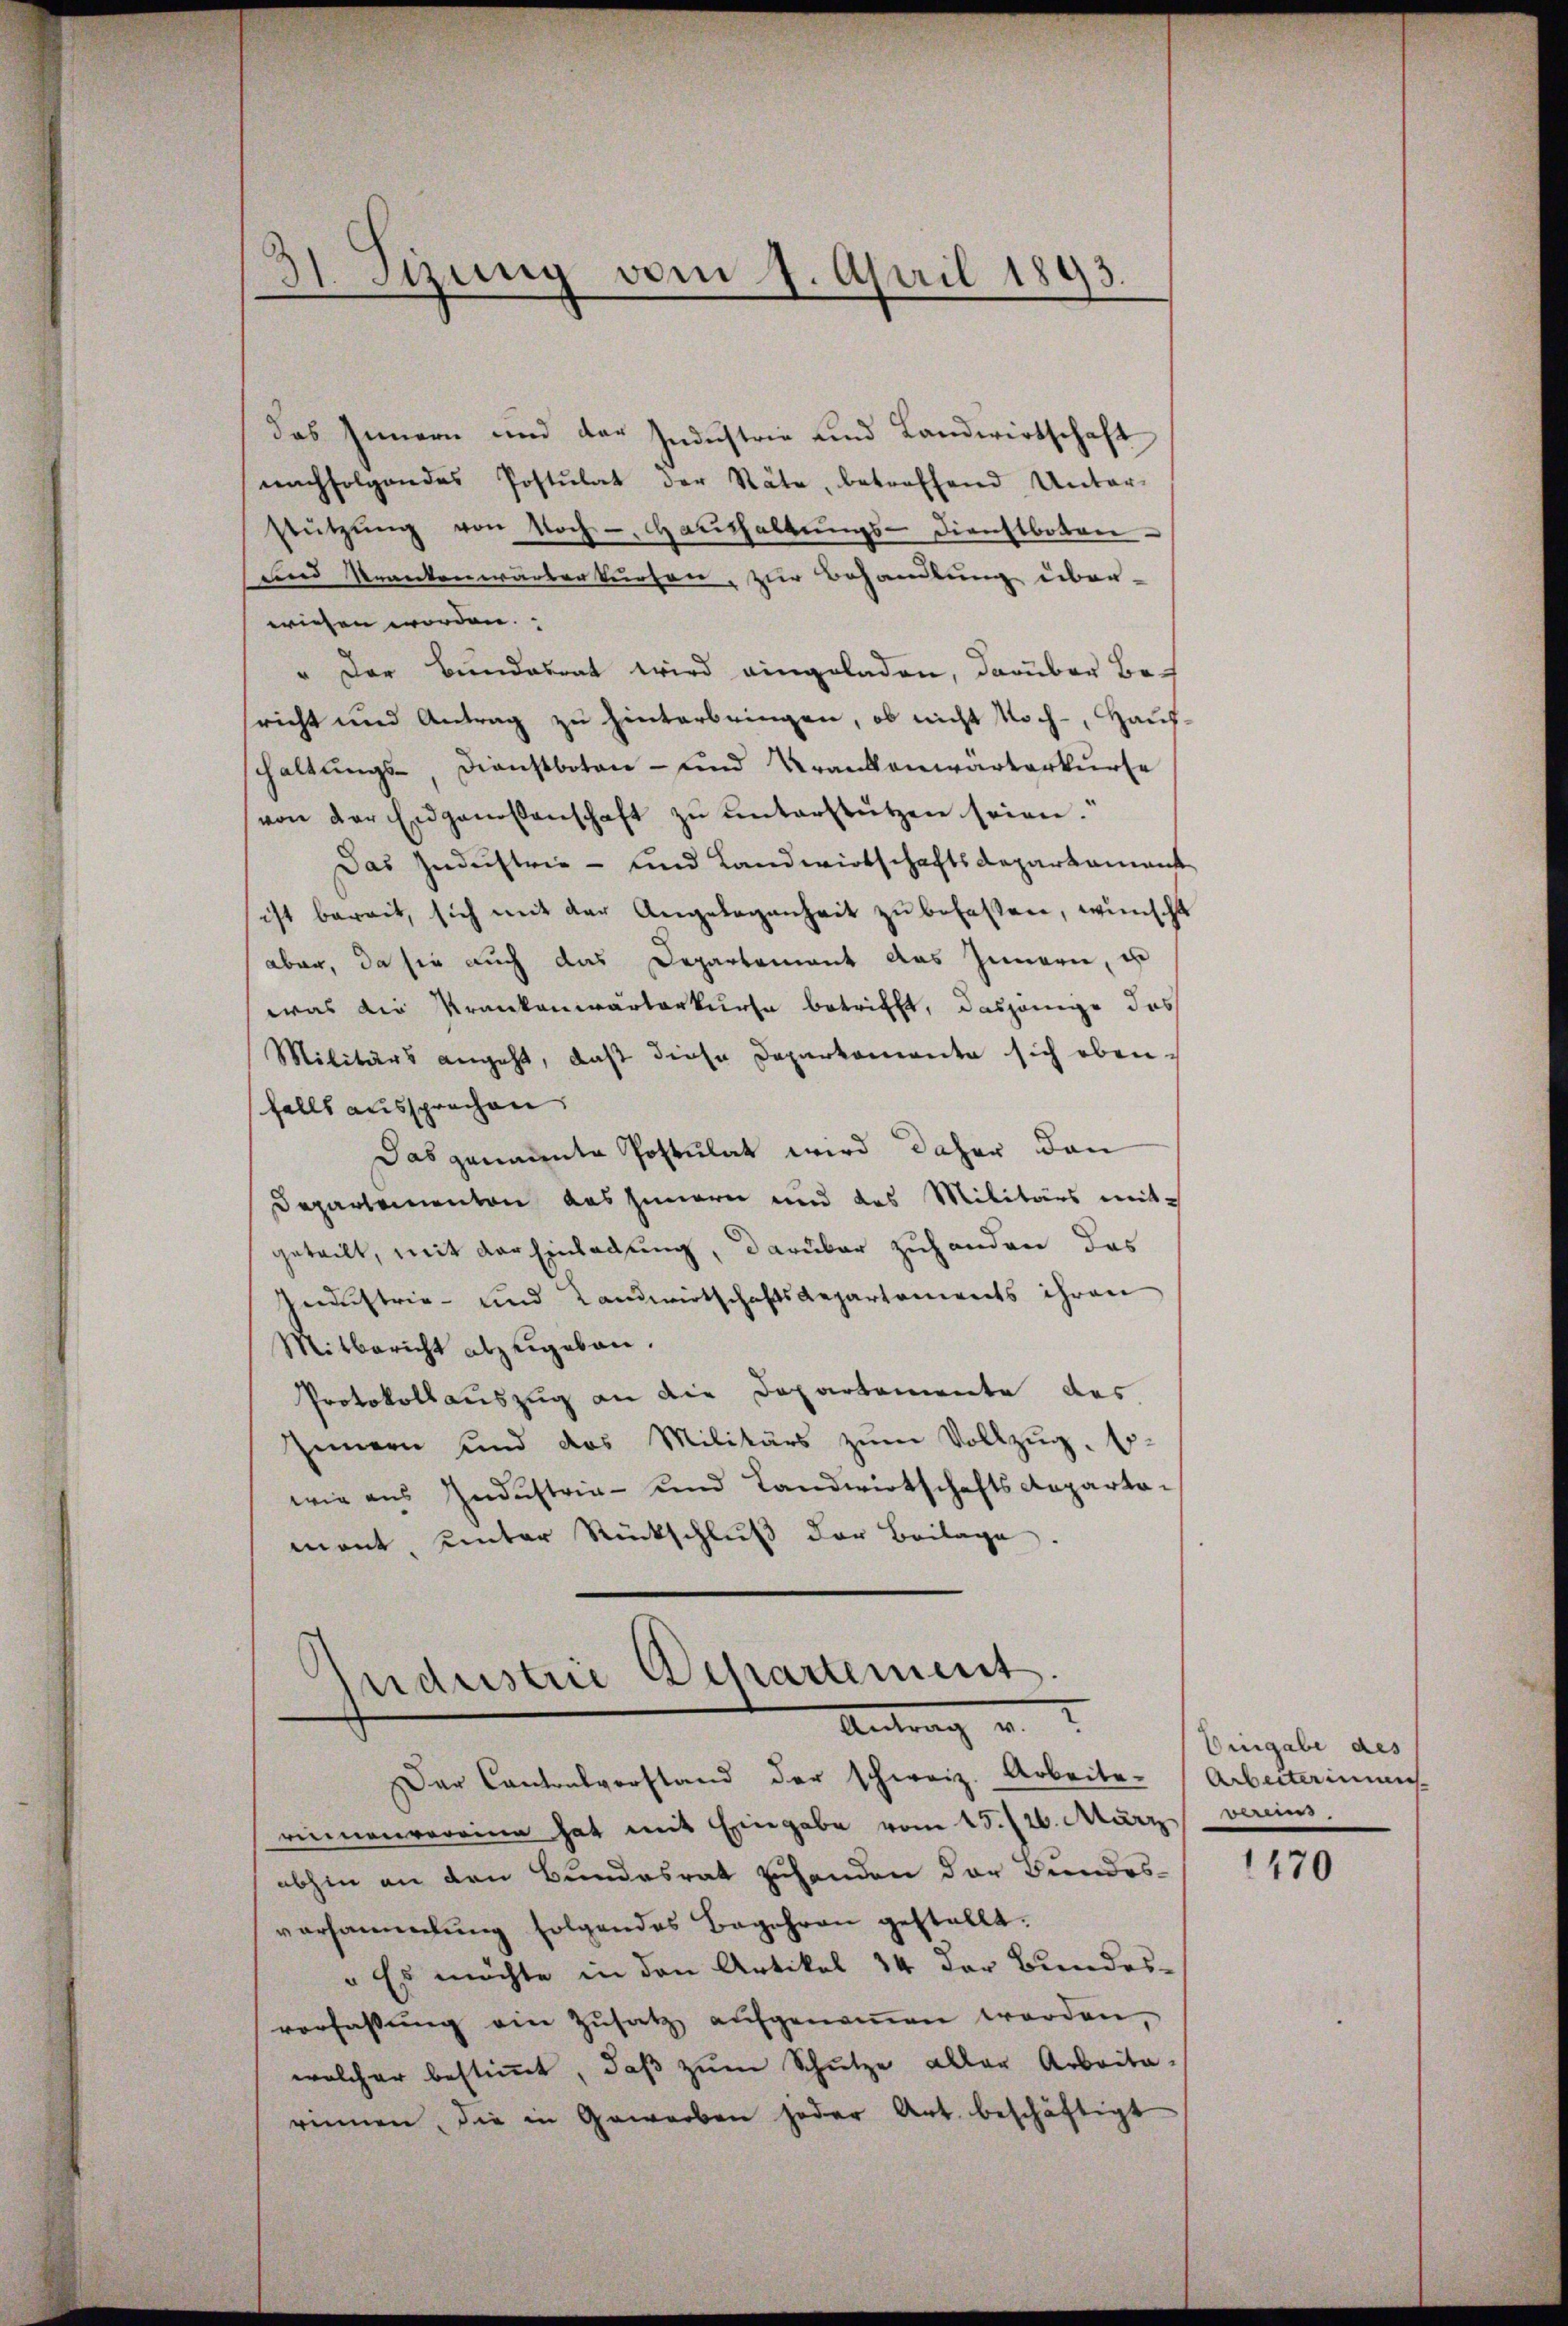
das Innern und der Industrie und Landwirtschaft
nachfolgendes Postulat der Räte, betreffend Unter-
stützŭng von doch - Haushaltŭngs-Dienstboten
und Krankenwärberturten, zur Behandlung über-
wiesen worden.
" Der Bundesrat wird eingeladen, darüber besricht und Antrag zu hinterbringen, ob nicht noch - Haushaltungs- Dienstboten- und Krankenwärterkurse
von der Eidgenossenschaft zŭ ŭnterstützen seien.
Das Industrie - und Landwirtschaftsdepartament
ist bereit, sich mit der Angelegenheit zu befassen, wünscht
aber, da sie auch das Departement das Innern, u
was die Krankenwärterkurse betrifft, dasjenige das
Militärs angeht, daß diese Deparkomente sich ebenfalls aussprechen.
Das genannte Postulat wird daher dann
Departementen das Innern und das Militärs mit-
geteilt, mit der Einladung, darüber zuhanden das
Inustrie- und Landwirtschafts Repartements ihren
Mitbericht abzŭgeben.
Protokollauszug an die Departemente des
Innern und das Militärs zŭm Vollzŭg. so-
wie aus Industria- und Landwirtschafts Reparta-
mant, unter Rückschluß der Beilage.
ndustrie Departement
Antrag u.

Sizung vom 4. April 1893.
¬

Der Cantonsverstand der schweiz. Arbeite Arbeiterimen
riennenvorrina hat mit Eingabe vom 15./26. März
abhin an den Bundesrat zuhanden der Bundes-
vorsammlung folgendes Begehren gestellt.
" Es möchte in den Artikel 34 der Bundesverfassŭng ein Zŭsatz aŭfgenoṁen worden,
welcher bestimmt, daß zum Schütze aller Arbeitarinnen, die in Gewerben jeder Art. beschäftigt

Eingabe des
vereins.

1470